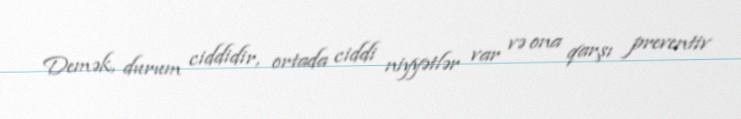
Demək, durum ciddidir, ortada ciddi niyyətlər var və ona qarşı preventiv